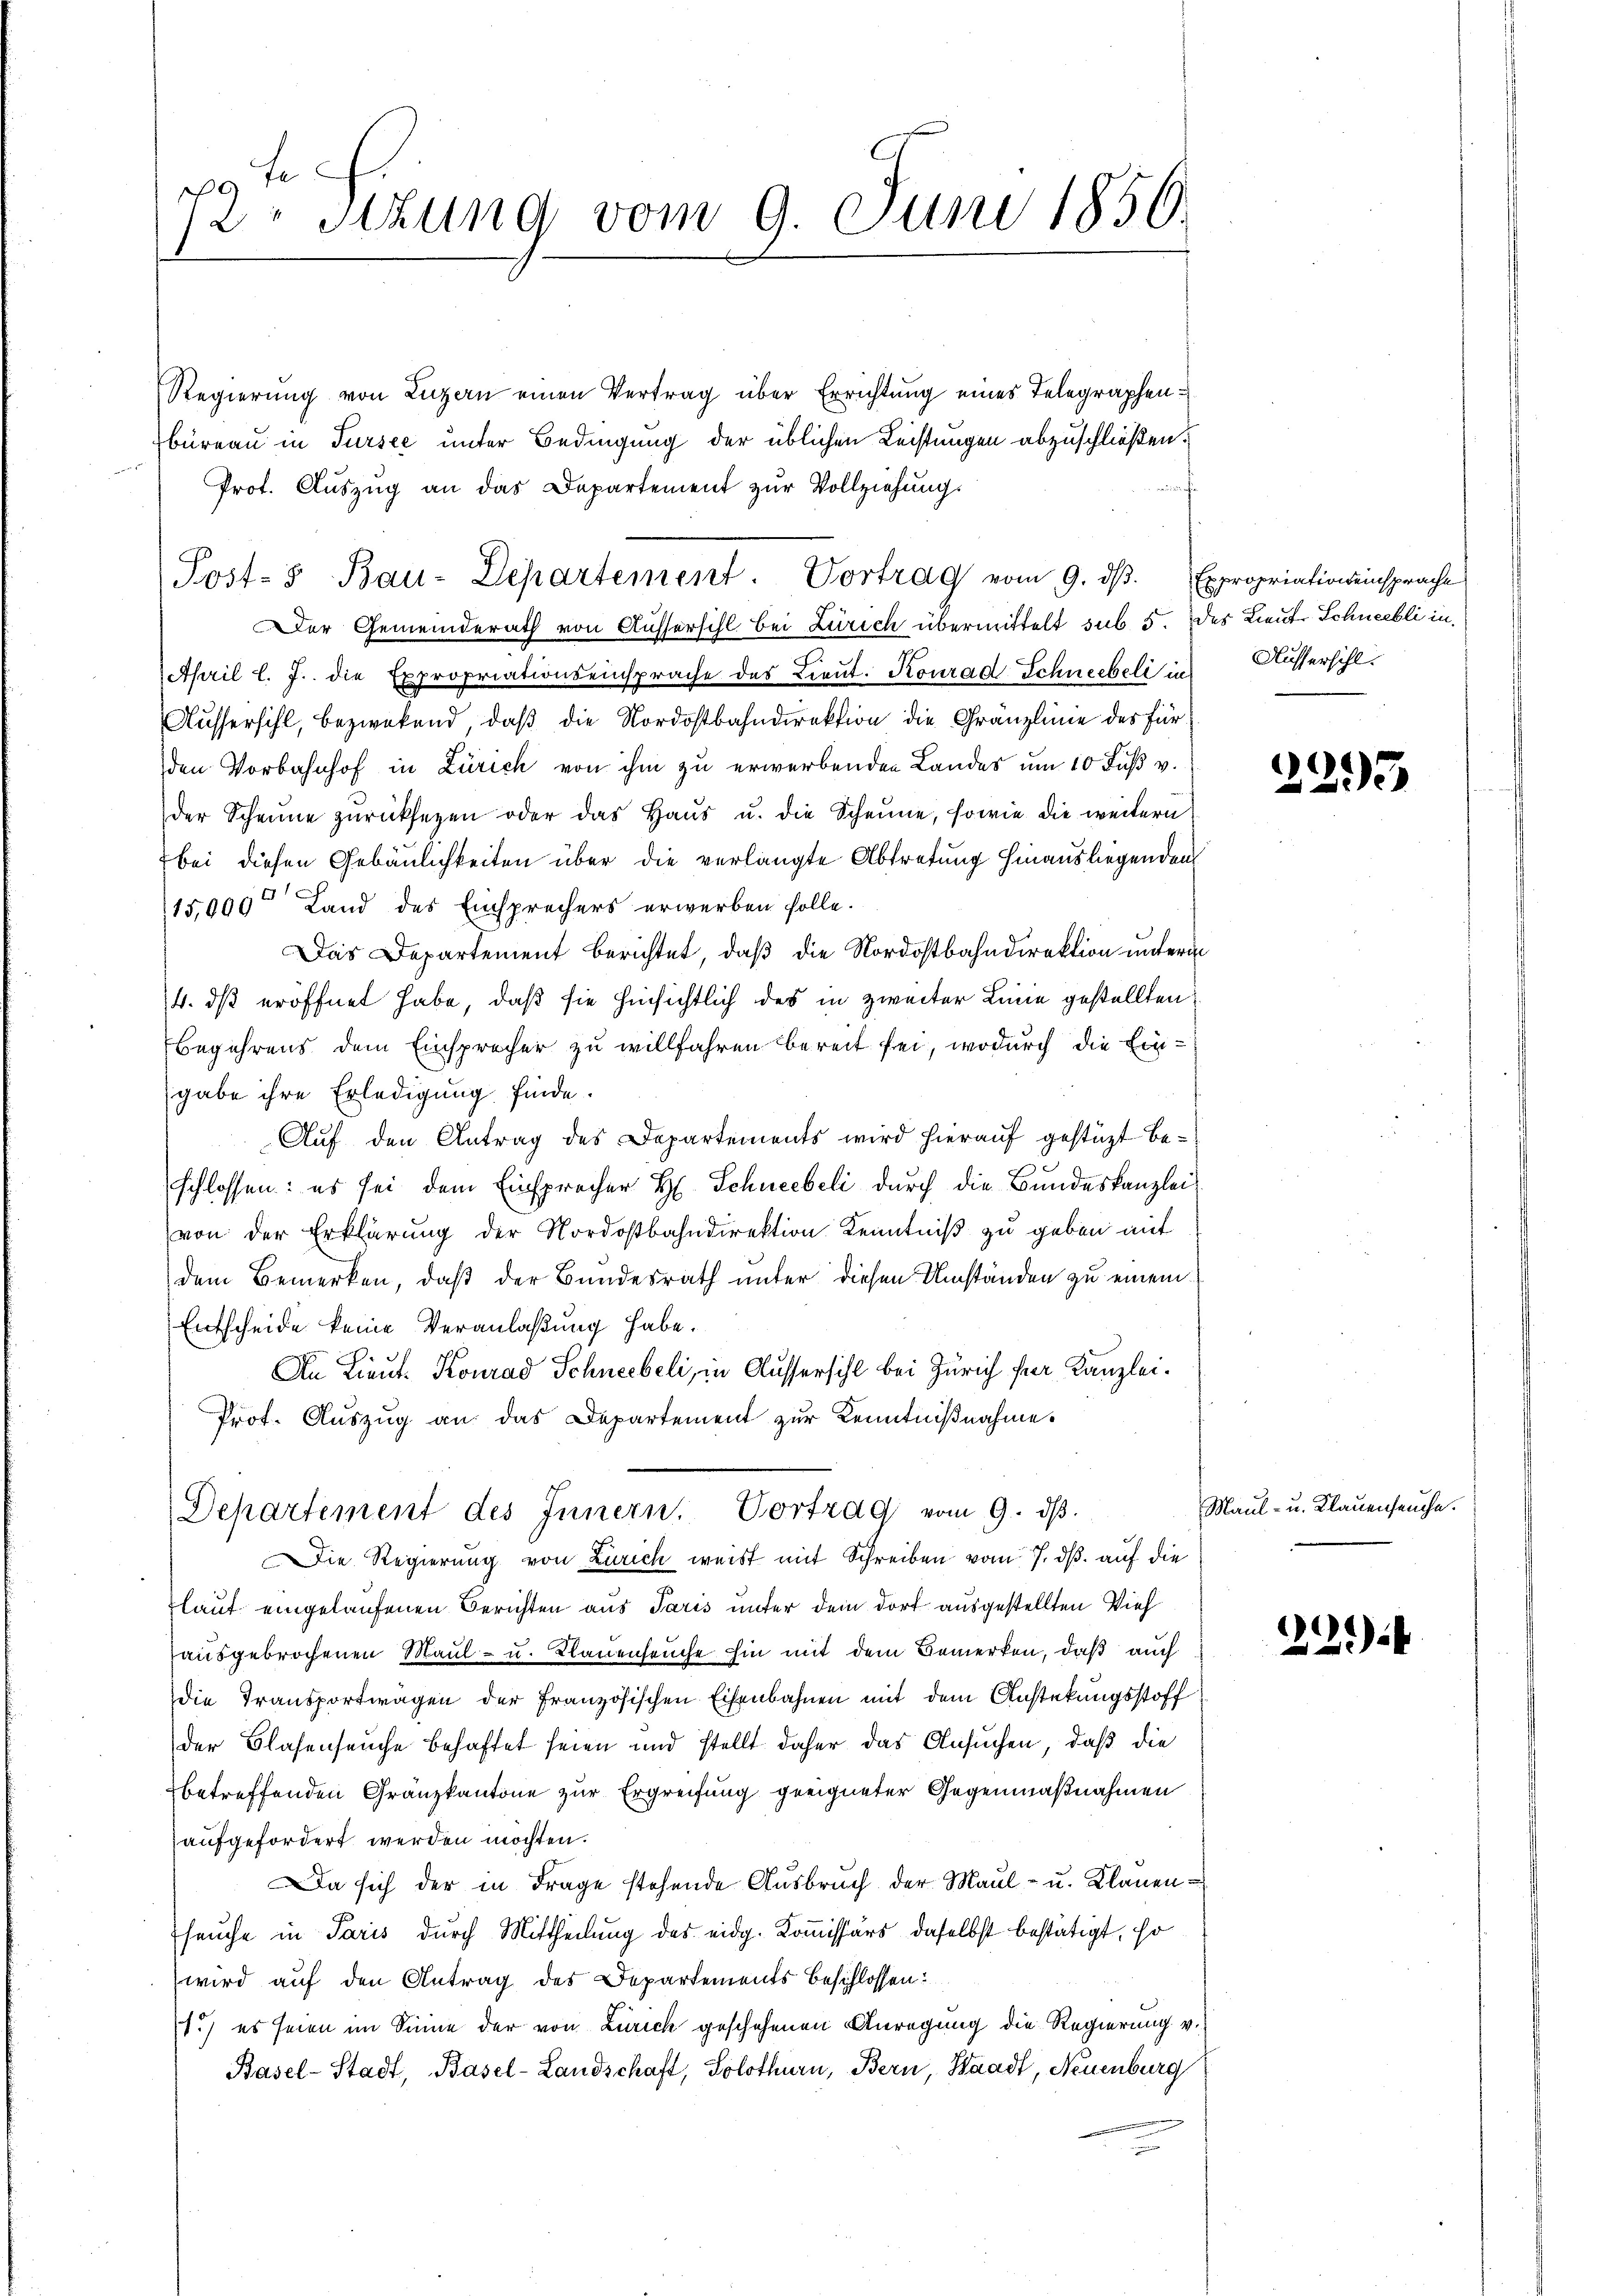
Regierung von Luzern einen Vertrag über Errichtung eines Telegraphenbüreau in Tursee unter Bedingung der üblichen Leistungen abzuschließen.
a . .
Prot. Auszug an das Departement zur Vollziehung.
Der Gemeinderath von Aufsersihl bei Zürich übermittelt sub 5. des Lieut. Schneebli in
April l. J. die Expropriationseinsprache des Lieŭt. Konrad Schneebeli in Aussersihl.
Aussersihl, bezweckend, daß die Nordostbahndirektion die Gränzlinie des für
den Vorbahnhof in Zürich von ihm zu erwerbenden Landes um 10 Fuß v.
der Scheine zŭrücksezen oder das Haŭs u. die Scheune, sowie die weitern
bei diesen Gebäulichkeiten über die verlangte Abtretung hinausliegenden
15,000 Land des Einsprechers erwerben solle.
Das Departement berichtet, daß die Nordostbahndirektion unterm
4. dß eröffnet habe, daß sie hinsichtlich des in zweiter Linie gestellten:
Begehrens dem Einsprecher zu willfahren bereit sei, wodurch die Ein-
gabe ihre Erledigung finde.
Auf den Antrag des Departements wird hierauf gestützt be-
schlossen: es sei dem Einsprecher H. Schneebeli durch die Bundeskanzlei
von der Erklärung der Nordostbahndirektion Kenntniß zu geben mit
dem Bemerken, daß der Bundesrath unter diesen Umständen zu einem¬
Entscheide keine Veranlaßung habe.
An Lieut. Konrad Schneebeli, in Aussersihl bei Zürich für Kanzlei¬
Prof. Auszug an das Departement zur Kenntnißnahme.
Departement des Innern, Vortrag vom 9. dβ.
Die Regierung von Zürich weist mit Schreiben vom 7. ds. auf die
laut eingelaufenen Berichten aus Paris unter dem dort ausgestellten Vieh
ausgebrochenen Maul- u. Klauenfeuche hin mit dem Bemerken, daß auch
Die Transportwagen der Französischen Eisenbahnen mit dem Anstekungsstoff
der Blasenseuche behaftet seien und stellt daher das Ansuchen, daß die
betreffenden Granzkantone zur Ergreifung geeigneter Gegenmaßnahmen
aufgefordert werden möchten.
a sich der in Frage stehende Ausbruch der Maul- u. Klauenfeuche in Paris durch Mittheilung des eidg. Kommissärs daselbst bestätigt, so
wird auf den Antrag des Departements beschlossen:
1.) es seien im Sinne der von Zürich geschehenen Anregung die Regierung v.
Basel-Stadt, Basel-Landschaft, Solothurn, Bern, Waadt, Neuenburg

19 t
dr Sitzung vom 9. Juni 1856.

Post- Bau-Departement. Vortrag vom 9. dβ. Expropriationeinsprache

2295

Maul- u. Klauenseuche.

22